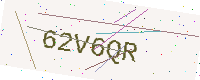
Text: 62V6QR